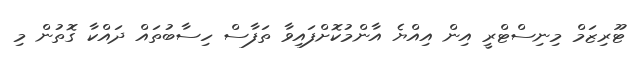
ޓޫރިޒަމް މިނިސްޓްރީ އިން އިއްޔެ އާންމުކޮށްފައިވާ ތަފާސް ހިސާބުތައް ދައްކާ ގޮތުން މި